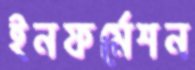
ইনফর্মেশন